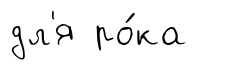
дл'я ро́ка